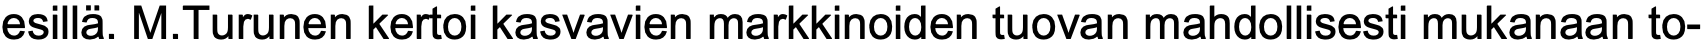
esillä. M.Turunen kertoi kasvavien markkinoiden tuovan mahdollisesti mukanaan to-